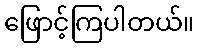
ဖြောင့်ကြပါတယ်။